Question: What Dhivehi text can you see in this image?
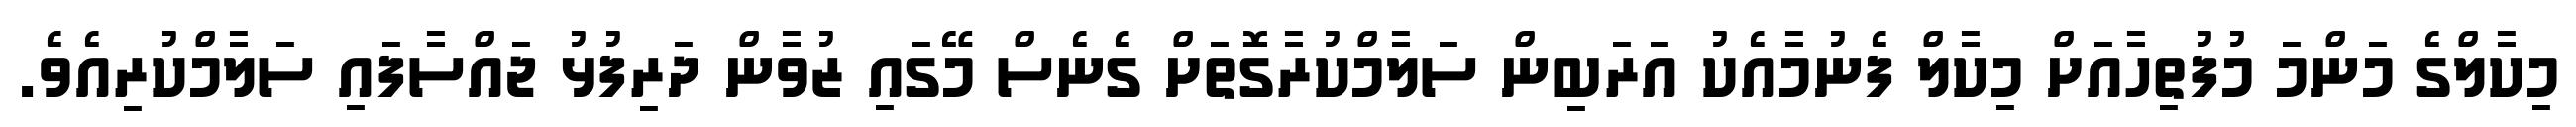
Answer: މިކާލްގެ މަންމަ މުފުތިހާއަށް މިކާލް ފެނުމާއެކު އަރަބިން ސަލާމްކުރާގޮތަށް ގެނެސް މޭގައި ޒުވާން ދަރިފުޅު ޖައްސާފައި ސަލާމްކުރިއެވެ.